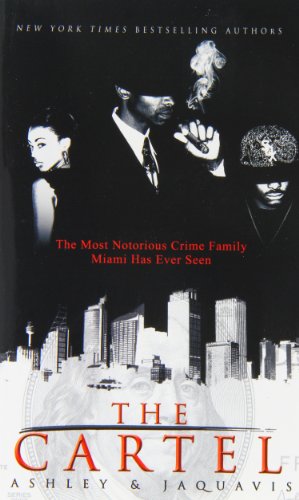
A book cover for The Cartel (Urban Books); Ashley; Literature & Fiction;